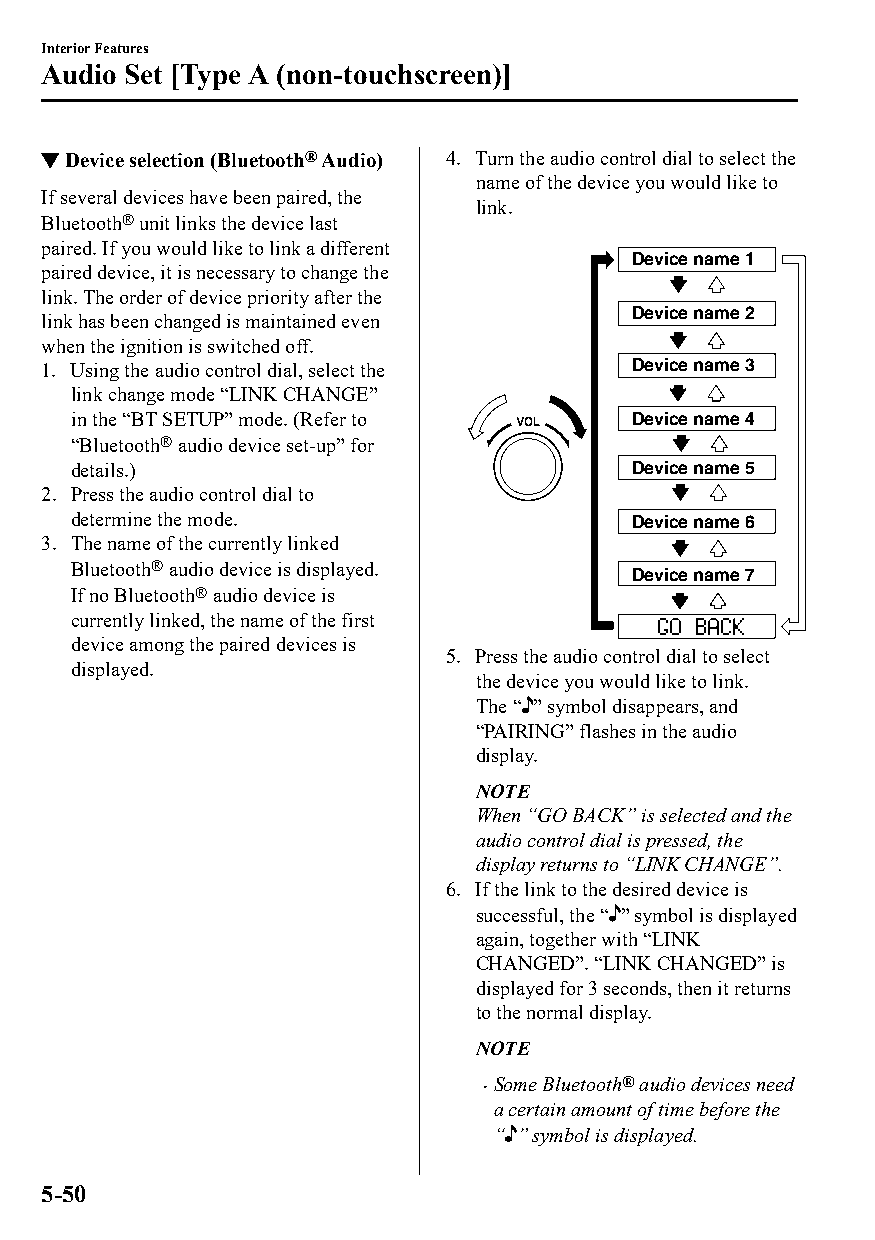
Interior Features
 Audio Set [Type A (non-touchscreen)]
 ▼Device selection (Bluetooth® Audio) 4. Turn the audio control dial to select the
 name of the device you would like to
 If several devices have been paired, the
 link.
 Bluetooth® unit links the device last
 paired. If you would like to link a different
 Device name 1
 paired device, it is necessary to change the
 link. The order of device priority after the
 Device name 2
 link has been changed is maintained even
 when the ignition is switched off.
 1. Using the audio control dial, select the Device name 3
 link change mode “LINK CHANGE”
 in the “BT SETUP” mode. (Refer to     Device name 4
 “Bluetooth® audio device set-up” for
 details.)                             Device name 5
 2. Press the audio control dial to
 determine the mode.                   Device name 6
 3. The name of the currently linked
 Bluetooth® audio device is displayed.
 Device name 7
 If no Bluetooth® audio device is
 currently linked, the name of the first
 device among the paired devices is
 5. Press the audio control dial to select
 displayed.
 the device you would like to link.
 The “ ” symbol disappears, and
 “PAIRING” flashes in the audio
 display.
 NOTE
 When “GO BACK” is selected and the
 audio control dial is pressed, the
 display returns to “LINK CHANGE”.
 6. If the link to the desired device is
 successful, the “ ” symbol is displayed
 again, together with “LINK
 CHANGED”. “LINK CHANGED” is
 displayed for 3 seconds, then it returns
 to the normal display.
 NOTE
 Some Bluetooth® audio devices need
 
 a certain amount of time before the
 “ ” symbol is displayed.
 5-50
 CX-3_8GT4-EE-18D_Edition4                  2018-9-6 18:32:19